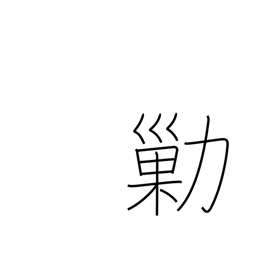
Meaning: steal